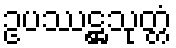
ဥပဿဋ္ဌသုတ္တံ